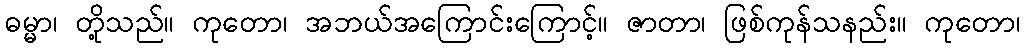
ဓမ္မာ၊ တို့သည်။ ကုတော၊ အဘယ်အကြောင်းကြောင့်။ ဇာတာ၊ ဖြစ်ကုန်သနည်း။ ကုတော၊